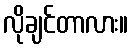
လိုချင်တာလား။